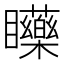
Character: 𥍐